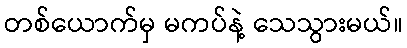
တစ်ယောက်မှ မကပ်နဲ့ သေသွားမယ်။